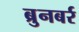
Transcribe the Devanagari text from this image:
ब्रुनबर्र